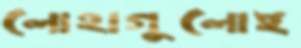
লোহাগুলোই